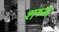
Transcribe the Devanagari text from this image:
शष्य